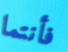
فأنتما